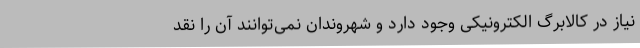
نیاز در کالابرگ الکترونیکی وجود دارد و شهروندان نمی‌توانند آن را نقد